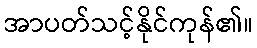
အာပတ်သင့်နိုင်ကုန်၏။